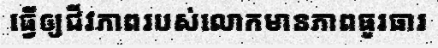
ធ្វើឲ្យជីវភាពរបស់លោកមានភាពធូរធារ